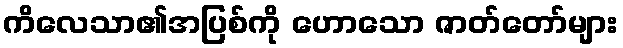
ကိလေသာ၏အပြစ်ကို ဟောသော ဇာတ်တော်များ